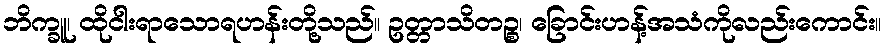
ဘိက္ခူ၊ ထိုငါးရာသောရဟန်းတို့သည်။ ဥတ္တာသိတဉ္စ၊ ခြောင်းဟန့်အသံကိုလည်းကောင်း။